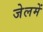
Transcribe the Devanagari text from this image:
जेलमें